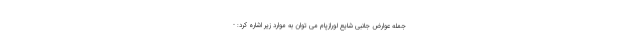
جمله عوارض جانبی شایع لورازپام می توان به موارد زیر اشاره کرد: -